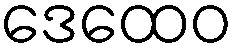
ဒေထေဝ